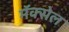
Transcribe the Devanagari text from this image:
मॅक्‍सेल